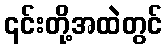
၎င်းတို့အထဲတွင်